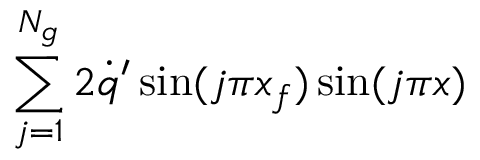
\sum _ { j = 1 } ^ { N _ { g } } 2 \dot { q } ^ { \prime } \sin ( j \pi x _ { f } ) \sin ( j \pi x )